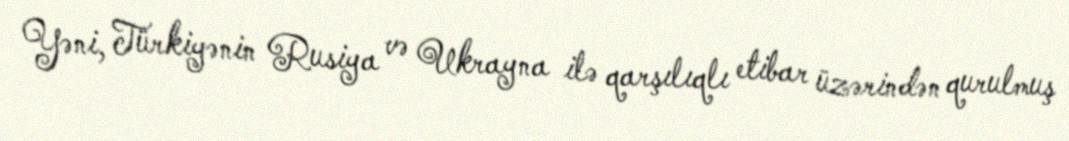
Yəni, Türkiyənin Rusiya və Ukrayna ilə qarşılıqlı etibar üzərindən qurulmuş